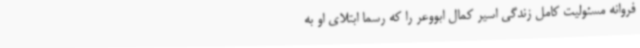
فروانه مسئولیت کامل زندگی اسیر کمال ابووعر را که رسما ابتلای او به